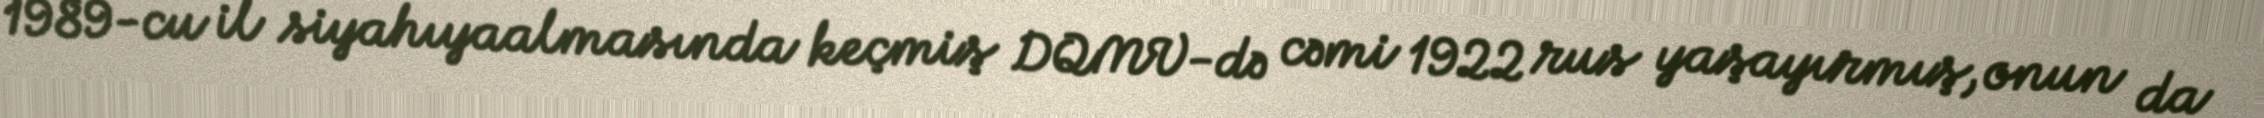
1989-cu il siyahıyaalmasında keçmiş DQMV-də cəmi 1922 rus yaşayırmış, onun da